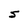
Character: 5